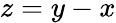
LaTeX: z=y-x